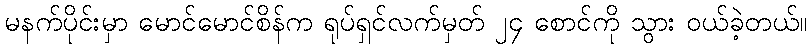
မနက်ပိုင်းမှာ မောင်မောင်စိန်က ရုပ်ရှင်လက်မှတ် ၂၄ စောင်ကို သွား ဝယ်ခဲ့တယ်။